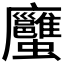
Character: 𧖇